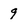
Character: 9